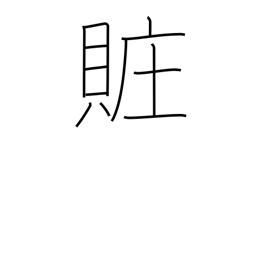
Meaning: bribery